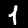
Digit: 1